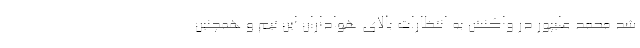
شد محمد علیپور در واکنش به انتظارات بالای هواداران این تیم و همچنین